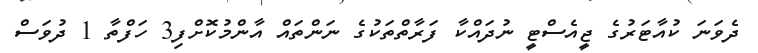
ދެވަނަ ކުއާޓަރުގެ ޖީއެސްޓީ ނުދައްކާ ފަރާތްތަކުގެ ނަންތައް އާންމުކޮށްފި3 ހަފްތާ 1 ދުވަސް